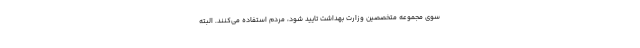
سوی مجموعه متخصصین وزارت بهداشت تایید شود، مردم استفاده می‌کنند. البته